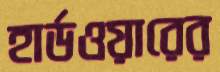
হার্ডওয়ারের